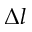
\Delta l